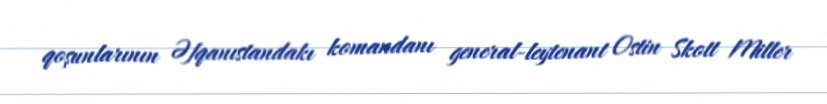
qoşunlarının Əfqanıstandakı komandanı general-leytenant Ostin Skott Miller